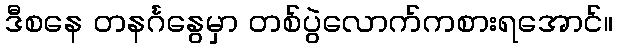
ဒီစနေ တနင်္ဂနွေမှာ တစ်ပွဲလောက်ကစားရအောင်။